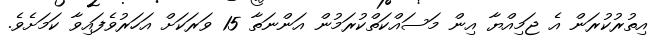
އިތުރުކުރަން އެ ޖަމިއްޔާ އިން މަސައްކަތްކުރަމުން އަންނަތާ 15 ވަރަކަށް އަހަރުވެފައިވާ ކަމަށެވެ.